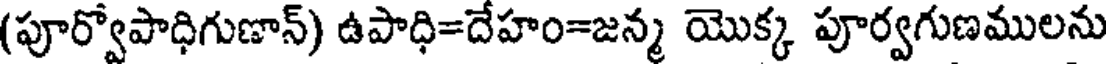
(పూర్వోపాధిగుణాన్) ఉపాధి=దేహం=జన్మ యొక్క పూర్వగుణములను